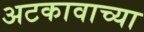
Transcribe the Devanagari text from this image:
अटकावाच्या